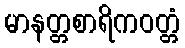
မာနတ္တစာရိကဝတ္တံ